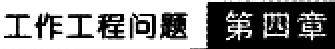
工作工程问题 第四章